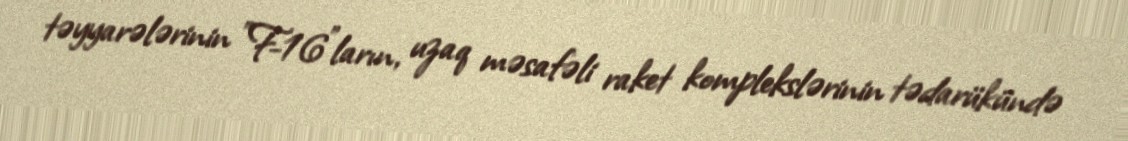
təyyarələrinin "F-16"ların, uzaq məsafəli raket komplekslərinin tədarükündə